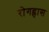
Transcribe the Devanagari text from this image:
रोगह्रास